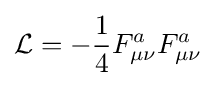
{\mathcal {L}}=-{\frac {1}{4}}F_{\mu \nu }^{a}F_{\mu \nu }^{a}